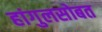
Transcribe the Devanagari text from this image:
हांगुलसोबत